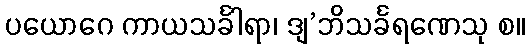
ပယောဂေ ကာယသင်္ခါရာ၊ ဒျ’ဘိသင်္ခရဏေသု စ။